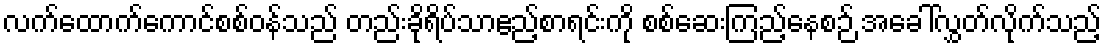
လက်ထောက်ကောင်စစ်ဝန်သည် တည်းခိုရိပ်သာဧည့်စာရင်းကို စစ်ဆေးကြည့်နေစဉ် အခေါ်လွှတ်လိုက်သည့်